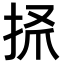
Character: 𢫺